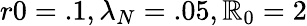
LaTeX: r0=.1,\lambda_{N}=.05,\mathbb{R}_{0}=2